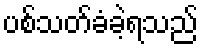
ပစ်သတ်ခံခဲ့ရသည်